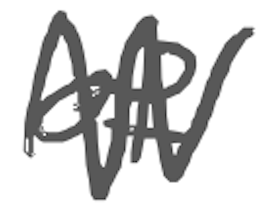
Text: of
Cross-out: zig-zag
Writing tool: digital_gray